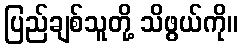
ပြည်ချစ်သူတို့ သိဖွယ်ကို။